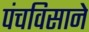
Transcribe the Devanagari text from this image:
पंचविसाने